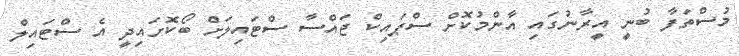
މުސްތަފާ ބުނީ އީރާނުގައި އާންމުކޮށް ސްޕައިކް ޖައްސާ ސްޓައިލަށް ބޯކޮށައިދީ އެ ސްޓައިލް